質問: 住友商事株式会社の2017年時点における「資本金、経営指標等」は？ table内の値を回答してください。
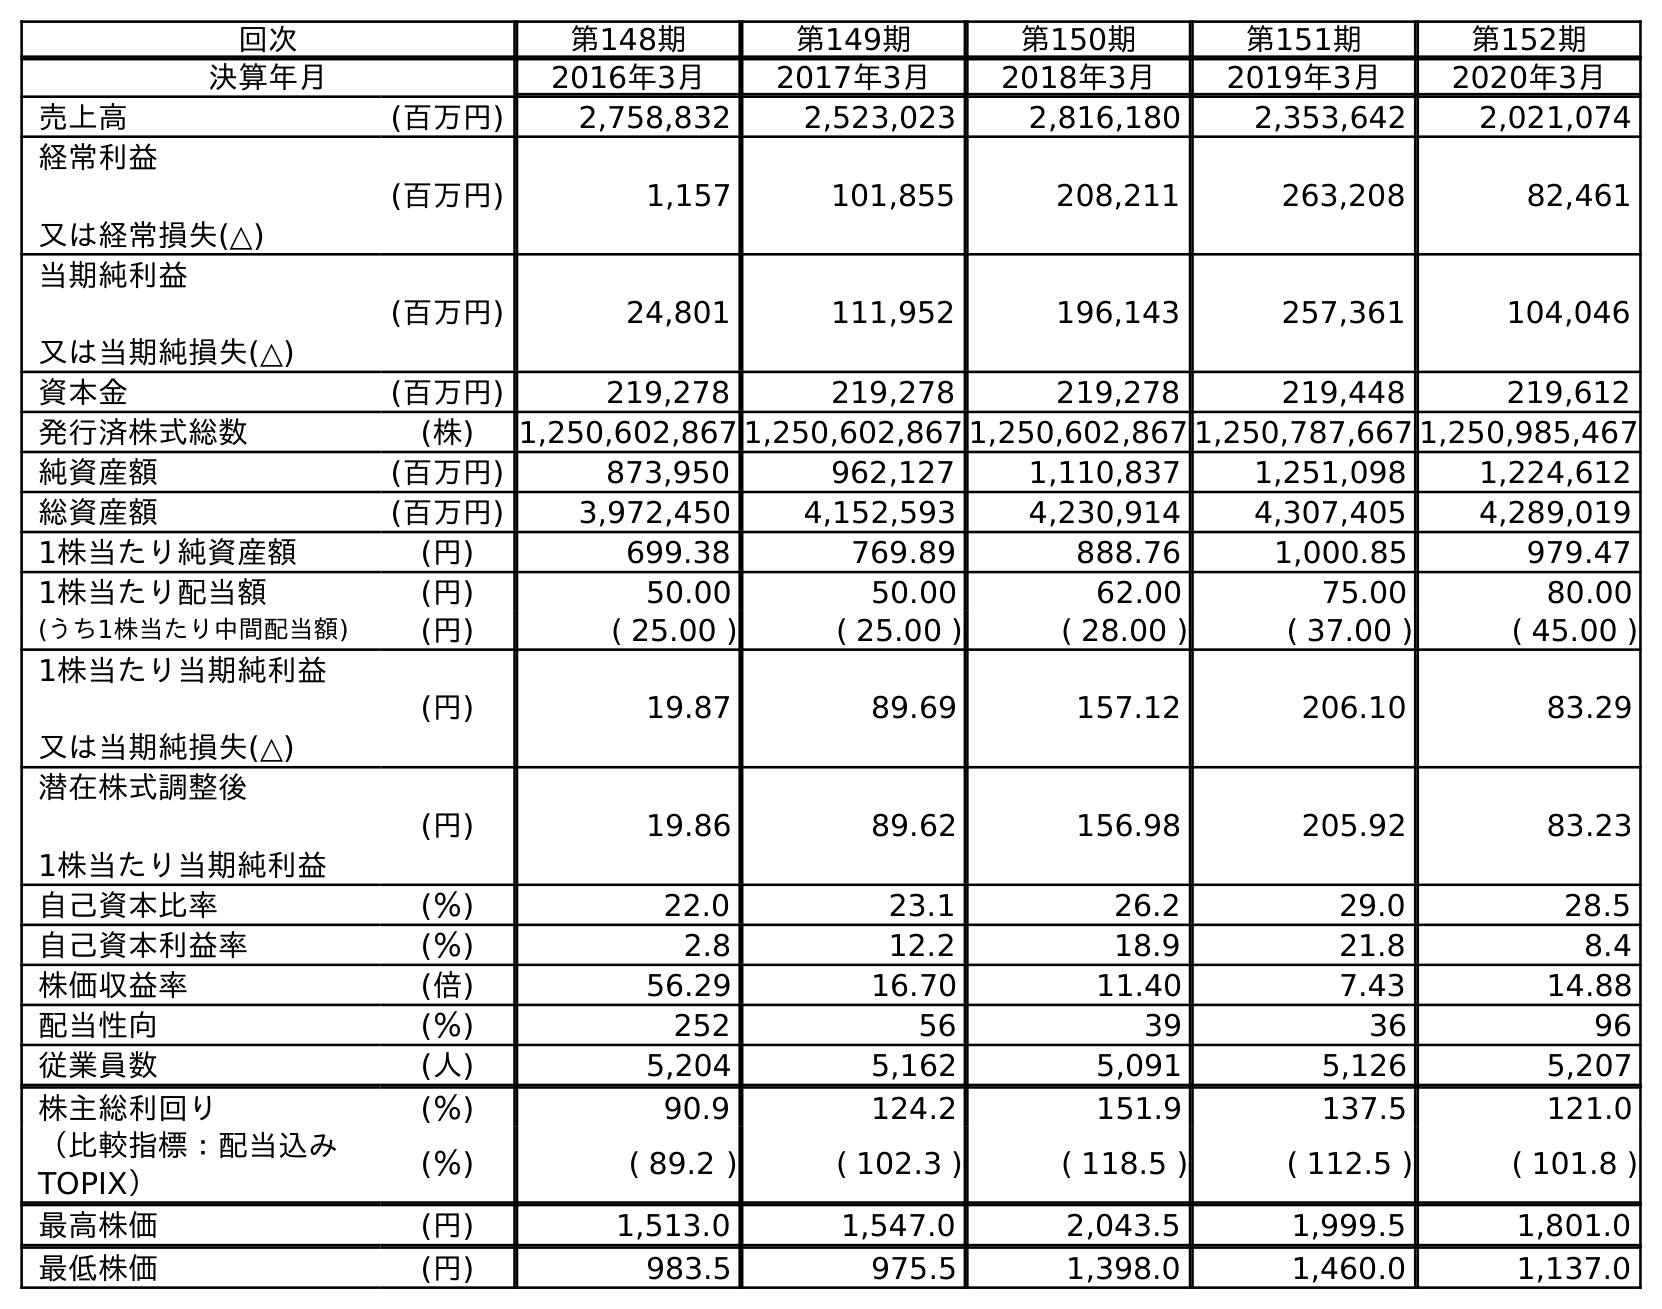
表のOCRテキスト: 回次 第148期 第149期 第150期 第151期 第152期 決算年月 2016年3月 2017年3月 2018年3月 2019年3月 2020年3月 売上高 (百万円) 2,758,832 2,523,023 2,816,180 2,353,642 2,021,074 経常利益 又は経常損失(△) (百万円) 1,157 101,855 208,211 263,208 82,461 当期純利益 又は当期純損失(△) (百万円) 24,801 111,952 196,143 257,361 104,046 資本金 (百万円) 219,278 219,278 219,278 219,448 219,612 発行済株式総数 (株) 1,250,602,867 1,250,602,867 1,250,602,867 1,250,787,667 1,250,985,467 純資産額 (百万円) 873,950 962,127 1,110,837 1,251,098 1,224,612 総資産額 (百万円) 3,972,450 4,152,593 4,230,914 4,307,405 4,289,019 1株当たり純資産額 (円) 699.38 769.89 888.76 1,000.85 979.47 1株当たり配当額 (円) 50.00 50.00 62.00 75.00 80.00 (うち1株当たり中間配当額) (円) ( 25.00 ) ( 25.00 ) ( 28.00 ) ( 37.00 ) ( 45.00 ) 1株当たり当期純利益 又は当期純損失(△) (円) 19.87 89.69 157.12 206.10 83.29 潜在株式調整後 1株当たり当期純利益 (円) 19.86 89.62 156.98 205.92 83.23 自己資本比率 (％) 22.0 23.1 26.2 29.0 28.5 自己資本利益率 (％) 2.8 12.2 18.9 21.8 8.4 株価収益率 (倍) 56.29 16.70 11.40 7.43 14.88 配当性向 (％) 252 56 39 36 96 従業員数 (人) 5,204 5,162 5,091 5,126 5,207 株主総利回り (％) 90.9 124.2 151.9 137.5 121.0 （比較指標：配当込み TOPIX） (％) ( 89.2 ) ( 102.3 ) ( 118.5 ) ( 112.5 ) ( 101.8 ) 最高株価 (円) 1,513.0 1,547.0 2,043.5 1,999.5 1,801.0 最低株価 (円) 983.5 975.5 1,398.0 1,460.0 1,137.0
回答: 219,278